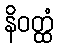
နိဝတ္ထံ